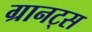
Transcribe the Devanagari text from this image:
ग्रानट्स